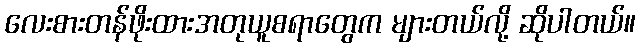
လေးစားတန်ဖိုးထားအတုယူစရာတွေက များတယ်လို့ ဆိုပါတယ်။